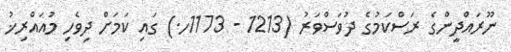
ނޫރައްދީންގެ ރަސްކަމުގެ ދުވަސްވަރު (1213 - 1173ހ.) ގައި ކަމަށް ދިވެހި މުއައްރިޚު